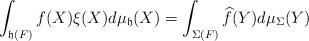
LaTeX: \begin{align*}\displaystyle \int_{\mathfrak{h}(F)} f(X)\xi(X)d\mu_{\mathfrak{h}}(X)=\int_{\Sigma(F)} \widehat{f}(Y) d\mu_{\Sigma}(Y)\end{align*}